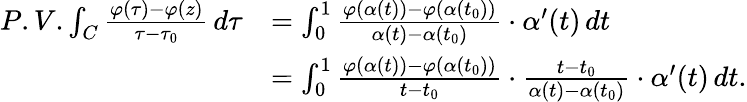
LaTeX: \begin{array}{rl}{P.V.\int_{C}\frac{\varphi(\tau)-\varphi(z)}{\tau-\tau_{0}}\, d\tau}&{=\int_{0}^{1}\frac{\varphi(\alpha(t))-\varphi(\alpha(t_{0}))}{\alpha(t)-\alpha(t_{0})}\cdot\alpha^{\prime}(t)\, dt}\\ &{=\int_{0}^{1}\frac{\varphi(\alpha(t))-\varphi(\alpha(t_{0}))}{t-t_{0}}\cdot\frac{t-t_{0}}{\alpha(t)-\alpha(t_{0})}\cdot\alpha^{\prime}(t)\, dt.}\end{array}